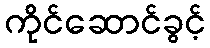
ကိုင်ဆောင်ခွင့်